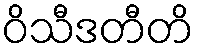
ဝိသီဒတီတိ